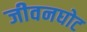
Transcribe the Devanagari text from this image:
जीवनघोट